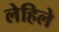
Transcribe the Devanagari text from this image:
लेहिले